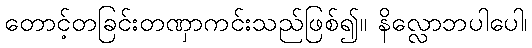
တောင့်တခြင်းတဏှာကင်းသည်ဖြစ်၍။ နိလ္လောဘပါပေါ၊